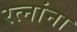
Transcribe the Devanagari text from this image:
रत्नांना